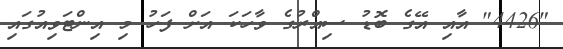
"4426" އާއި އޭގެ ބޮޑު ސިއްރުގެ ވާހަކަ އަށް ފަހު މި އިންޓަވިއުގައި